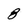
Character: 8